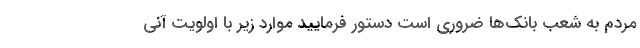
مردم به شعب بانک‌ها ضروری است دستور فرمایید موارد زیر با اولویت آنی